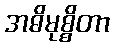
အဓိမုစ္စိတာ